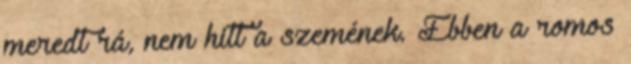
meredt rá, nem hitt a szemének. Ebben a romos